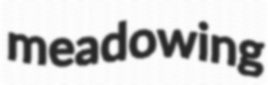
meadowing